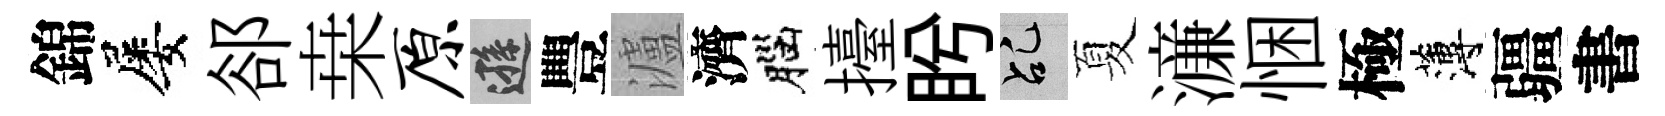
錦屡郤桒原遜豐瀘濟腦擡盻乩夏濓悃極薄疆書